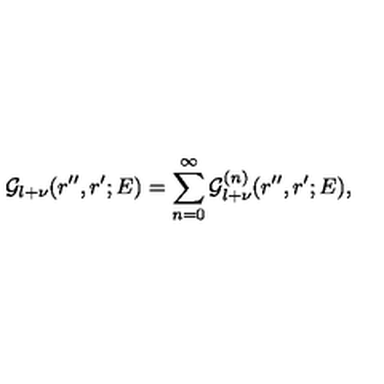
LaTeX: { \mathcal G } _ { l + \nu } ( r ^ { \prime \prime } , r ^ { \prime } ; E ) = \sum _ { n = 0 } ^ { \infty } { \mathcal G } _ { l + \nu } ^ { ( n ) } ( r ^ { \prime \prime } , r ^ { \prime } ; E ) ,